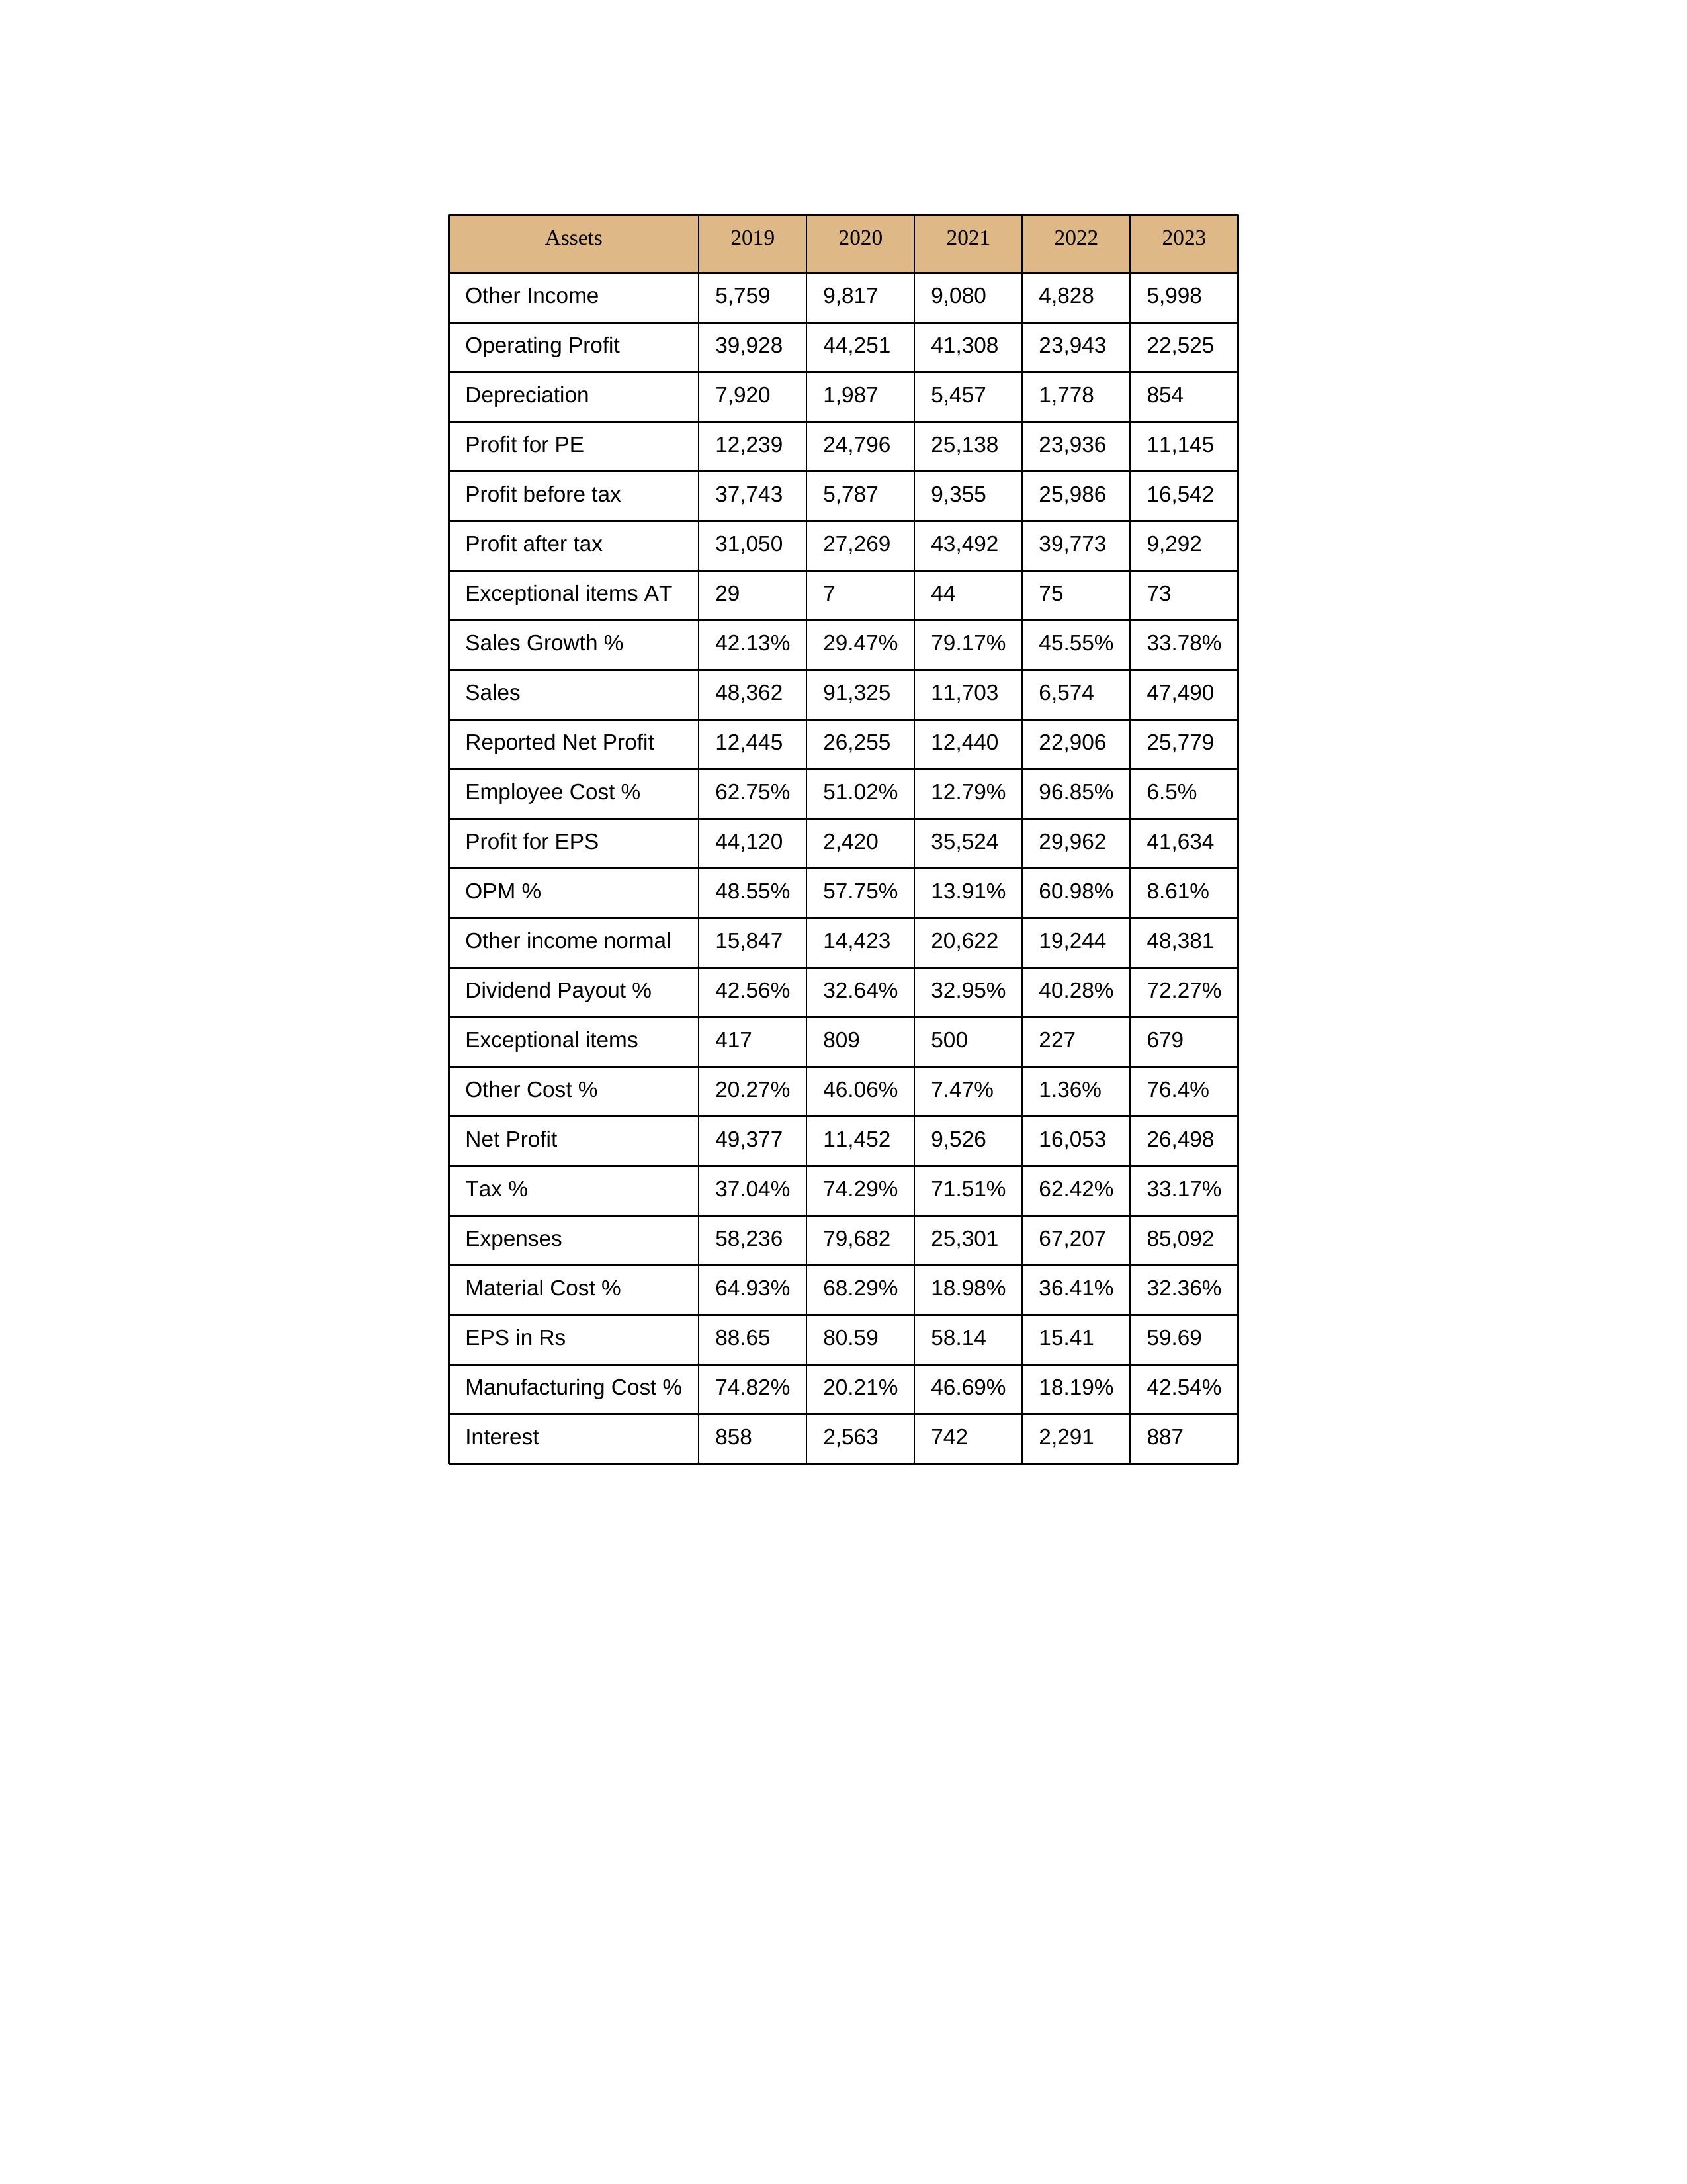
gt_parse: 2019: Sales: 48,362
Sales Growth %: 42.13%
Expenses: 58,236
Material Cost %: 64.93%
Manufacturing Cost %: 74.82%
Employee Cost %: 62.75%
Other Cost %: 20.27%
Operating Profit: 39,928
OPM %: 48.55%
Other Income: 5,759
Exceptional items: 417
Other income normal: 15,847
Interest: 858
Depreciation: 7,920
Profit before tax: 37,743
Tax %: 37.04%
Net Profit: 49,377
Profit after tax: 31,050
Reported Net Profit: 12,445
Profit for EPS: 44,120
Exceptional items AT: 29
Profit for PE: 12,239
EPS in Rs: 88.65
Dividend Payout %: 42.56%
2020: Sales: 91,325
Sales Growth %: 29.47%
Expenses: 79,682
Material Cost %: 68.29%
Manufacturing Cost %: 20.21%
Employee Cost %: 51.02%
Other Cost %: 46.06%
Operating Profit: 44,251
OPM %: 57.75%
Other Income: 9,817
Exceptional items: 809
Other income normal: 14,423
Interest: 2,563
Depreciation: 1,987
Profit before tax: 5,787
Tax %: 74.29%
Net Profit: 11,452
Profit after tax: 27,269
Reported Net Profit: 26,255
Profit for EPS: 2,420
Exceptional items AT: 7
Profit for PE: 24,796
EPS in Rs: 80.59
Dividend Payout %: 32.64%
2021: Sales: 11,703
Sales Growth %: 79.17%
Expenses: 25,301
Material Cost %: 18.98%
Manufacturing Cost %: 46.69%
Employee Cost %: 12.79%
Other Cost %: 7.47%
Operating Profit: 41,308
OPM %: 13.91%
Other Income: 9,080
Exceptional items: 500
Other income normal: 20,622
Interest: 742
Depreciation: 5,457
Profit before tax: 9,355
Tax %: 71.51%
Net Profit: 9,526
Profit after tax: 43,492
Reported Net Profit: 12,440
Profit for EPS: 35,524
Exceptional items AT: 44
Profit for PE: 25,138
EPS in Rs: 58.14
Dividend Payout %: 32.95%
2022: Sales: 6,574
Sales Growth %: 45.55%
Expenses: 67,207
Material Cost %: 36.41%
Manufacturing Cost %: 18.19%
Employee Cost %: 96.85%
Other Cost %: 1.36%
Operating Profit: 23,943
OPM %: 60.98%
Other Income: 4,828
Exceptional items: 227
Other income normal: 19,244
Interest: 2,291
Depreciation: 1,778
Profit before tax: 25,986
Tax %: 62.42%
Net Profit: 16,053
Profit after tax: 39,773
Reported Net Profit: 22,906
Profit for EPS: 29,962
Exceptional items AT: 75
Profit for PE: 23,936
EPS in Rs: 15.41
Dividend Payout %: 40.28%
2023: Sales: 47,490
Sales Growth %: 33.78%
Expenses: 85,092
Material Cost %: 32.36%
Manufacturing Cost %: 42.54%
Employee Cost %: 6.5%
Other Cost %: 76.4%
Operating Profit: 22,525
OPM %: 8.61%
Other Income: 5,998
Exceptional items: 679
Other income normal: 48,381
Interest: 887
Depreciation: 854
Profit before tax: 16,542
Tax %: 33.17%
Net Profit: 26,498
Profit after tax: 9,292
Reported Net Profit: 25,779
Profit for EPS: 41,634
Exceptional items AT: 73
Profit for PE: 11,145
EPS in Rs: 59.69
Dividend Payout %: 72.27%